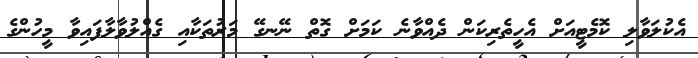
އެކުލަވާލި ކޮމެޓީއަށް އެހީތެރިކަން ދެއްވާނެ ކަމަށް ގޮތް ނޭނގޭ މަރުތަކާއި ގެއްލުވާލާފައިވާ މީހުންގެ